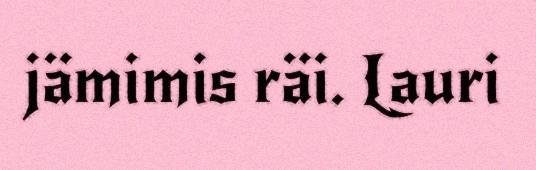
jämimis räi. Lauri